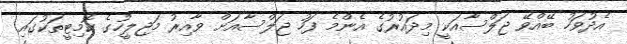
އެދުވަހު ބޭއްވޭ ޖަލްސާއަކީ މިދައުރުގެ އެންމެ ފަހު ޖަލްސާއަށް ވާއިރު މަޖިލީހުގެ ކޮމިޓީތަކުގައި